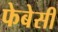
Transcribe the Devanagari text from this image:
फेबेसी